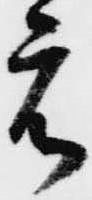
元